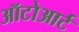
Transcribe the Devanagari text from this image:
ऑटोआर्ट